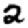
Digit: 2